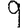
Digit: 9